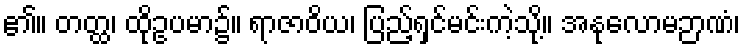
၏။ တတ္ထ၊ ထိုဥပမာ၌။ ရာဇာဝိယ၊ ပြည့်ရှင်မင်းကဲ့သို့။ အနုလောမဉာဏံ၊